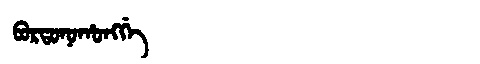
Manchu: ᠪᠣᡵᡨᠣᠨᠣᡥᠣᠩᡤᡝ
Romanization: BORTONOHONGGE